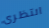
انتظرى